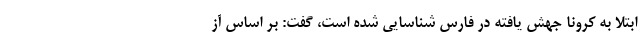
ابتلا به کرونا جهش یافته در فارس شناسایی شده است، گفت: بر اساس آز